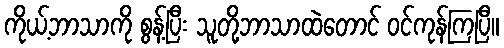
ကိုယ့်ဘာသာကို စွန့်ပြီး သူတို့ဘာသာထဲတောင် ဝင်ကုန်ကြပြီ။